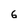
Character: G